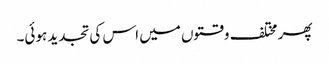
پھر مختلف وقتوں میں اس کی تجدید ہوئی۔